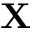
\mathbf { X }